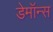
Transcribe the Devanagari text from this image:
डेमॉन्स